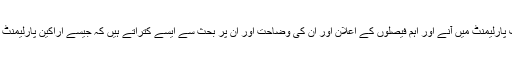
وزیر اعظم نواز شریف پارلیمنٹ میں آنے اور اہم فیصلوں کے اعلان اور ان کی وضاحت اور ان پر بحث سے ایسے کتراتے ہیں کہ جیسے اراکین پارلیمنٹ انہیں کاٹ کھائیں گے۔